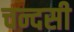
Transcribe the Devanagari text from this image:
चन्दसी